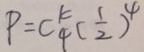
P = C _ { 4 } ^ { k } ( \frac { 1 } { 2 } ) ^ { 4 }